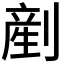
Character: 剷